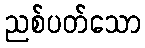
ညစ်ပတ်သော